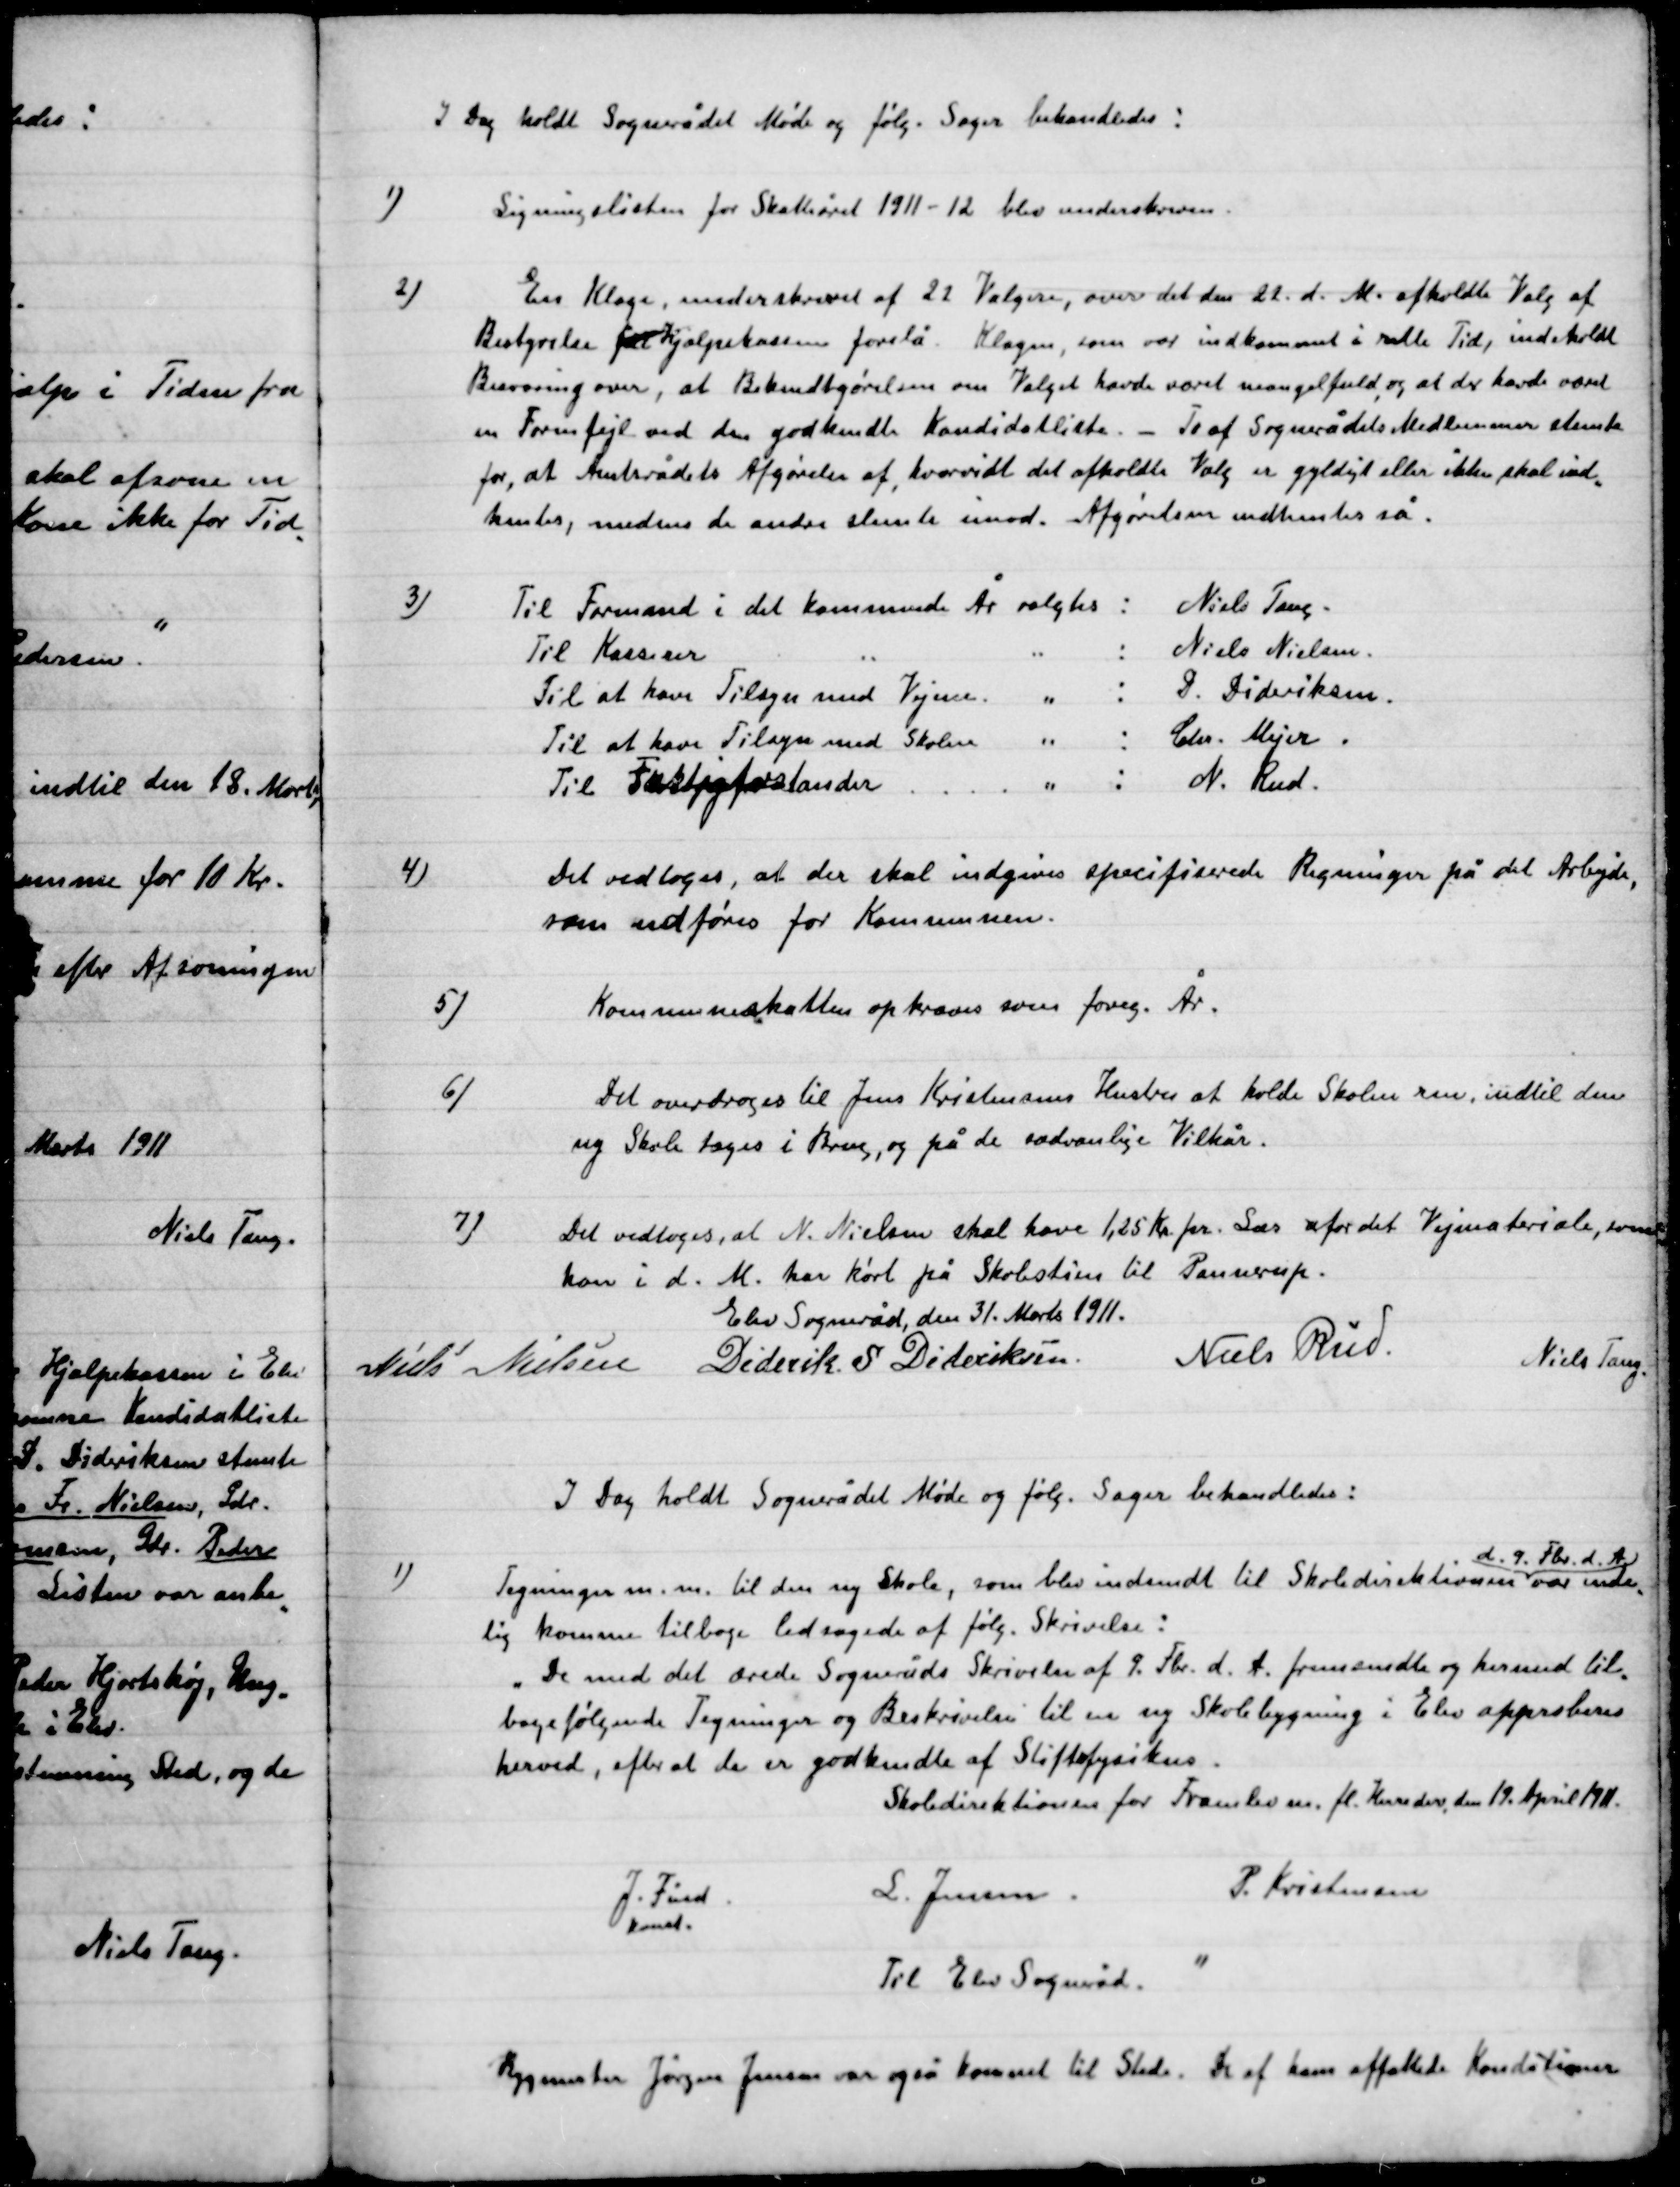
Transskription:
I Dag holdt Sognerådet Møde og følg.  Sager behandledes:

1)

Ligningslisten for Skatteåret 1911 – 12 blev underskreven

2)

En Klage underskreven af 22 Vælgere, over det den 22. d. M. afholdte Valg af
Bestyrelse for Hjælpeklassen forelå. Klagen, som var indkommet i rette Tid, indeholdt
Besværing over, at Bekendtgørelsen om Valget havde været mangelfuld, og at der havde været
en Formfejl ved  den godkendte Kandidatliste. To af Sognerådets Medlemmerne stemte
for, at Amtsrådets Afgørelse af, hvorvidt det afholdte Valg er gyldigt eller ikke skal ind-
hentes, medens de andre stemte imod. Afgørelsen indhentes så.

3)

Til Formand i det kommende År valgtes:	Niels Tang
Til Kasserer													Niels Nielsen
Til at have Tilsyn med Vejene 						D. Dideriksen
Til at have Tilsyn med Skolen						Chr. Mejer
Til Fattigforstander										N. Rud

4)

Det vedtoges, at der skal indgives specificerede Regning på det Arbejde,
som udføres for Kommunen.

5)

Kommuneskatten opkræves som forig. År.

6)

Det overdroges til Jens Kristensens Hustru at holde Skolen ren, indtil den
ny Skole toges i Brug, og på de sædvanlige Vilkår.

7)

Det vedtoges, at N. Nielsen skal have 1,25 Kr. pr. Læs af for det Vejmaterielle. som
han i d. M. har kørt på Skolestien til Pannerup.

Elev Sogneråd, den 31. Marts 1911.

Niels Nielsen
Diderik S. Dideriksen
Niels Rud
Niels Tang

I Dag holdt Sognerådet Møde og følg. Sager behandledes:

1)

Tegninger m.m. til den nye Skole, som blev indsendt til Skoledirektionen var
d. 9. feb. d. A.
var ende-
lig kommen tilbage ledsagede af følg. Skrivelse:
”De med det ærede Sogneråds Skrivelse af 9. Febr. d. A. fremsendte og hermed til-
bagefølgende Tegninger og Beskrivelser til en ny Skolebygning i Elev approberes
herved, efter at de er godkendte Stiftsfysikus.
Skoledirektionen for Framlev m.fl. Herreders den 19. april 1911.
J. Fmd.
komt.
L. Jensen
P. Kristensen
Til Elev Sogneråd.”

Bygmester Jørgen Jensen var også kommet til Stede. De af ham affattede Konditioner